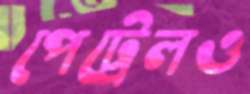
পেট্রেলও